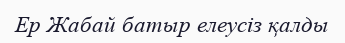
Ер Жабай батыр елеусіз қалды